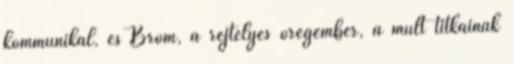
kommunikál, és Brom, a rejtélyes öregember, a múlt titkainak